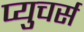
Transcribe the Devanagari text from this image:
प्युचर्स